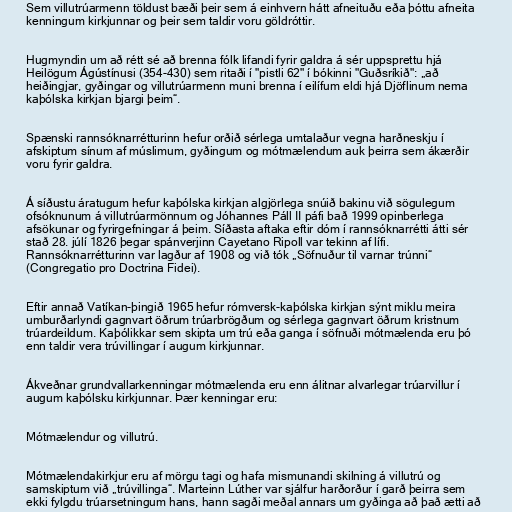
Sem villutrúarmenn töldust bæði þeir sem á einhvern hátt afneituðu eða þóttu afneita
kenningum kirkjunnar og þeir sem taldir voru göldróttir.

Hugmyndin um að rétt sé að brenna fólk lifandi fyrir galdra á sér uppsprettu hjá
Heilögum Ágústínusi (354-430) sem ritaði í "pistli 62" í bókinni "Guðsríkið": „að
heiðingjar, gyðingar og villutrúarmenn muni brenna í eilífum eldi hjá Djöflinum nema
kaþólska kirkjan bjargi þeim“.

Spænski rannsóknarrétturinn hefur orðið sérlega umtalaður vegna harðneskju í
afskiptum sínum af múslimum, gyðingum og mótmælendum auk þeirra sem ákærðir
voru fyrir galdra.

Á síðustu áratugum hefur kaþólska kirkjan algjörlega snúið bakinu við sögulegum
ofsóknunum á villutrúarmönnum og Jóhannes Páll II páfi bað 1999 opinberlega
afsökunar og fyrirgefningar á þeim. Síðasta aftaka eftir dóm í rannsóknarrétti átti sér
stað 28. júlí 1826 þegar spánverjinn Cayetano Ripoll var tekinn af lífi.
Rannsóknarrétturinn var lagður af 1908 og við tók „Söfnuður til varnar trúnni“
(Congregatio pro Doctrina Fidei).

Eftir annað Vatíkan-þingið 1965 hefur rómversk-kaþólska kirkjan sýnt miklu meira
umburðarlyndi gagnvart öðrum trúarbrögðum og sérlega gagnvart öðrum kristnum
trúardeildum. Kaþólikkar sem skipta um trú eða ganga í söfnuði mótmælenda eru þó
enn taldir vera trúvillingar í augum kirkjunnar.

Ákveðnar grundvallarkenningar mótmælenda eru enn álitnar alvarlegar trúarvillur í
augum kaþólsku kirkjunnar. Þær kenningar eru:

Mótmælendur og villutrú.

Mótmælendakirkjur eru af mörgu tagi og hafa mismunandi skilning á villutrú og
samskiptum við „trúvillinga“. Marteinn Lúther var sjálfur harðorður í garð þeirra sem
ekki fylgdu trúarsetningum hans, hann sagði meðal annars um gyðinga að það ætti að